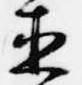
直